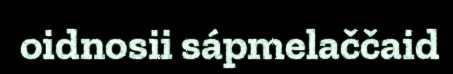
oidnosii sápmelaččaid